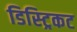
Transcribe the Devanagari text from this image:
डिस्ट्रिकट